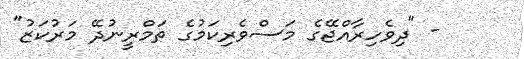
- "ދިވެހިރާއްޖޭގެ މަސްވެރިކަމުގެ ތަމްރީނުދޭ މަރުކަޒު"